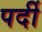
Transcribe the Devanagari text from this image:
पर्दी